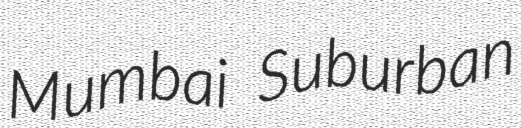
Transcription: Mumbai Suburban